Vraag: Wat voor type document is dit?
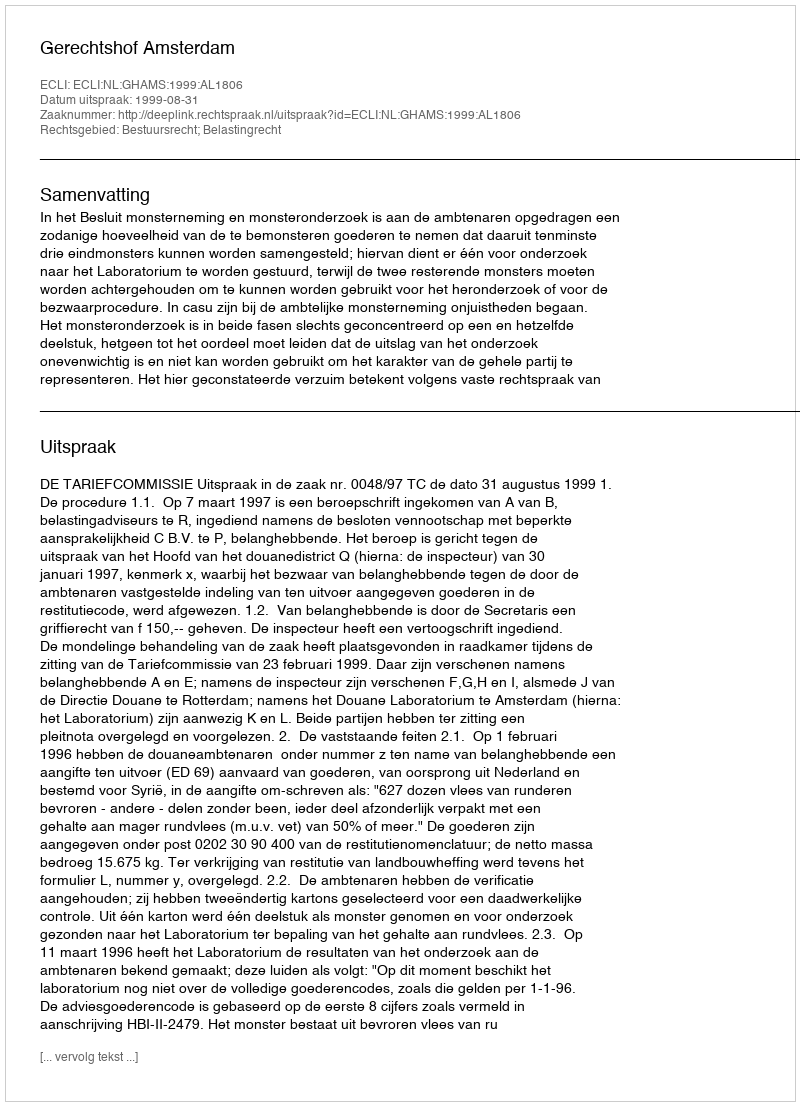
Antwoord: Uitspraak